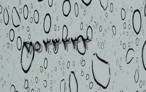
٧٥٣٣٣٣٢